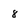
Character: 8